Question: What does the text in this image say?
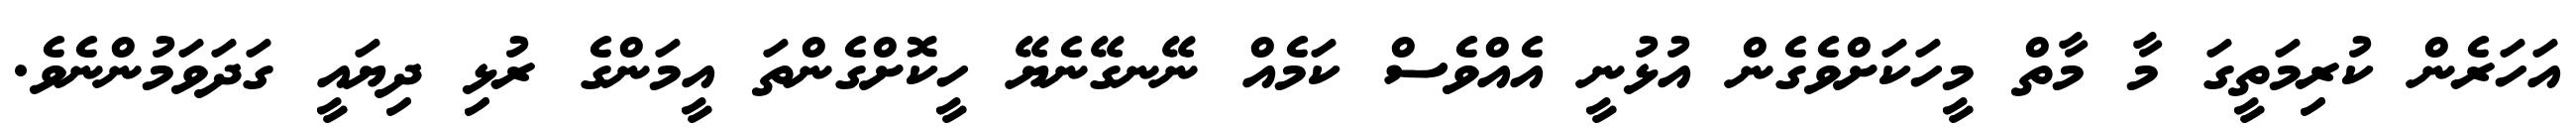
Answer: އަހަރެން ކުރިމަތީގަ މާ މާތް މީހަކަށްވެގެން އުޅުނީ އެއްވެސް ކަމެއް ނޭނގޭނެޔޭ ހީކޮށްގެންތަ އީމަންގެ ރުޅި ދިޔައީ ގަދަވަމުންނެވެ.